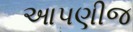
આપણીજ